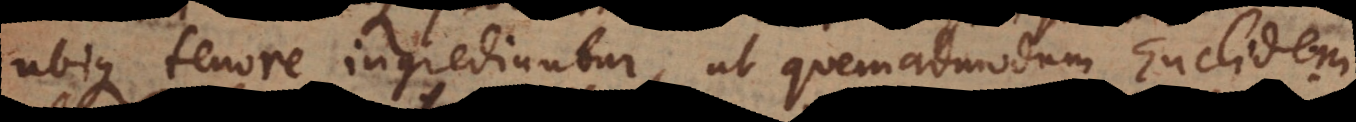
ubique tenore ingrediuntur, ut quemadmodum Euclidem